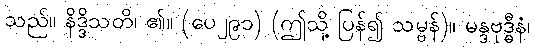
သည်။ နိဒ္ဒိသတိ၊ ၏။ (ပေ၂၉၁) (ဤသို့ ပြန်၍ သမ္ဗန်)။ မန္ဒဗုဒ္ဓီနံ၊